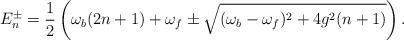
LaTeX: \begin{align*}E_n^{\pm}=\frac{1}{2}\left(\omega_b(2n+1)+\omega_f \pm \sqrt{(\omega_b-\omega_f)^2+4g^2(n+1)}\right).\end{align*}